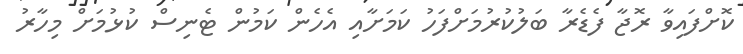
ކޮށްފައިވާ ރޮޖާ ފެޑެރާ ބަލުކުރުމަށްފަހު ކަމަށާއި އެހެން ކަމުން ޓެނިސް ކުޅުމަށް މިހާރު